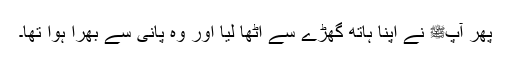
پھر آپﷺ نے اپنا ہاتھ گھڑے سے اٹھا لیا اور وہ پانی سے بھرا ہوا تھا۔